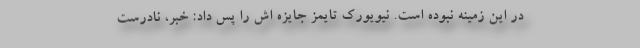
در این زمینه نبوده است. نیویورک تایمز جایزه اش را پس داد: خبر، نادرست